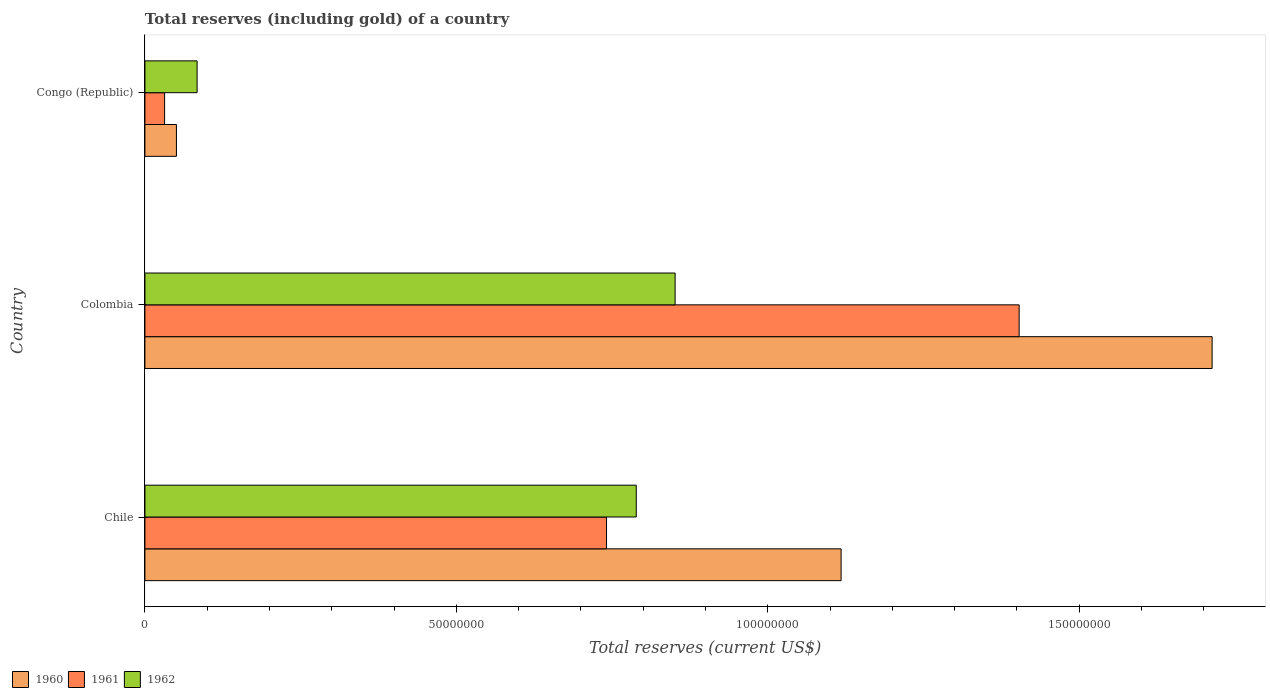
| Country | 1960 | 1961 | 1962 |
 | --- | --- | --- | --- |
 | Chile | 1.12e+08 | 7.41e+07 | 7.89e+07 |
 | Colombia | 1.71e+08 | 1.4e+08 | 8.51e+07 |
 | Congo (Republic) | 5.06e+06 | 3.16e+06 | 8.38e+06 |